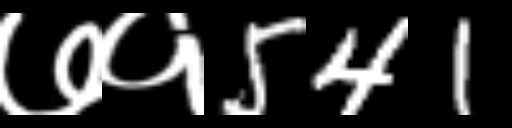
Text: ७१541